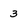
Character: 3